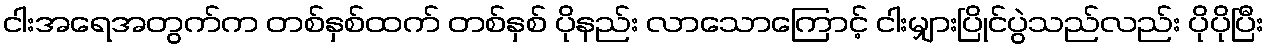
ငါးအရေအတွက်က တစ်နှစ်ထက် တစ်နှစ် ပိုနည်း လာသောကြောင့် ငါးမျှားပြိုင်ပွဲသည်လည်း ပိုပိုပြီး